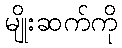
မျိုးဆက်ကို